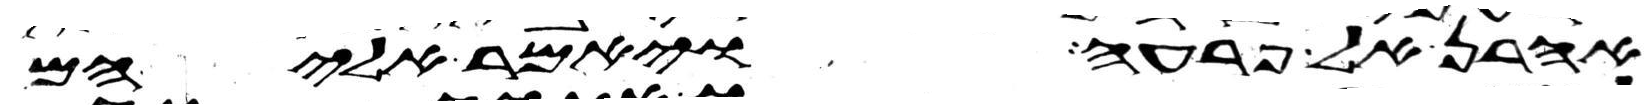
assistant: אהרן אל פרעה ויאמר אליהם